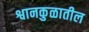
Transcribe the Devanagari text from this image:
श्वानकुळातील